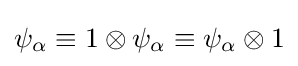
\psi _{\alpha }\equiv 1\otimes \psi _{\alpha }\equiv \psi _{\alpha }\otimes 1